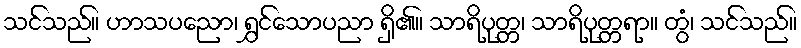
သင်သည်။ ဟာသပညော၊ ရွှင်သောပညာ ရှိ၏။ သာရိပုတ္တ၊ သာရိပုတ္တရာ။ တွံ၊ သင်သည်။